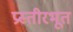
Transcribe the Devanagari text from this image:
प्रस्तीरभूत